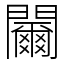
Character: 䦵